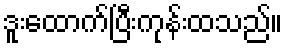
ဒူးထောက်ပြီးကုန်းထသည်။